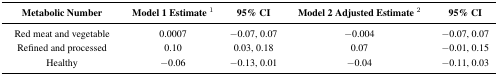
<table><thead><tr><td><b>Metabolic Number</b></td><td><b>Model 1 Estimate <sup>1</sup></b></td><td><b>95% CI</b></td><td><b>Model 2 Adjusted Estimate <sup>2</sup></b></td><td><b>95% CI</b></td></tr></thead><tbody><tr><td>Red meat and vegetable</td><td>0.0007</td><td>−0.07, 0.07</td><td>−0.004</td><td>−0.07, 0.07</td></tr><tr><td>Refined and processed</td><td>0.10</td><td>0.03, 0.18</td><td>0.07</td><td>−0.01, 0.15</td></tr><tr><td>Healthy</td><td>−0.06</td><td>−0.13, 0.01</td><td>−0.04</td><td>−0.11, 0.03</td></tr></tbody></table>